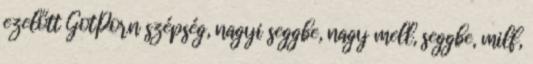
ezelőtt GotPorn szépség, nagyi seggbe, nagy mell, seggbe, milf,